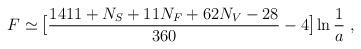
LaTeX: \begin{align*}F \simeq \mbox{\large[}{{1411 + N_S + 11 N_F + 62 N_V - 28} \over {360}} - 4\mbox{\large]} \ln{{1 \over a}} \; , \end{align*}